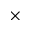
\times